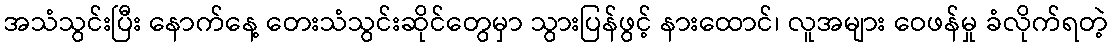
အသံသွင်းပြီး နောက်နေ့ တေးသံသွင်းဆိုင်တွေမှာ သွားပြန်ဖွင့် နားထောင်၊ လူအများ ဝေဖန်မှု ခံလိုက်ရတဲ့